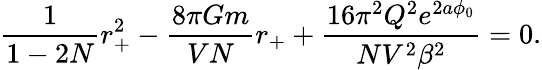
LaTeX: \frac{1}{1-2N}r_{+}^{2}-\frac{8\pi Gm}{VN}r_{+}+\frac{16\pi^{2}Q^{2}e^{2a\phi_{0}}}{NV^{2}\beta^{2}}=0.